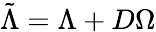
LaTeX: \tilde{\Lambda}=\Lambda+D\Omega